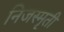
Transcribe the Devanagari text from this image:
निजस्मृती